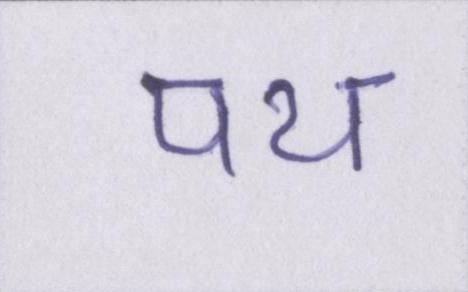
पथ